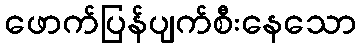
ဖောက်ပြန်ပျက်စီးနေသော